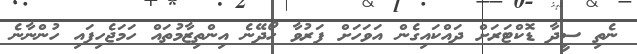
ނެތި ސީދާ ޑޮކްޓަރަށް ދައްކައިގެން އަވަހަށް ފަރުވާ ހޯދޭނެ އިންތިޒާމުތައް ހަމަޖެހިފައި ހުންނާނެ